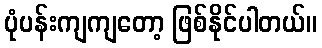
ပုံပန်းကျကျတော့ ဖြစ်နိုင်ပါတယ်။